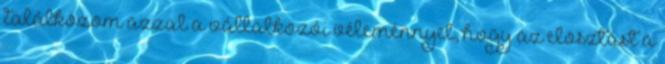
találkozom azzal a vállalkozói véleménnyel, hogy az elosztást a